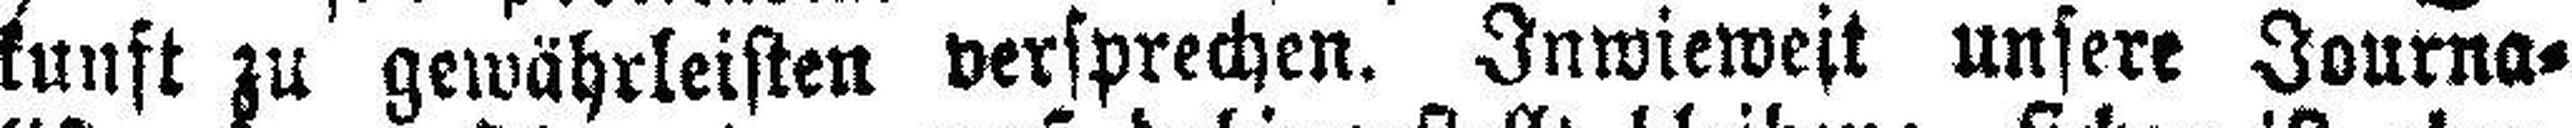
kunft zu gewährleisten versprechen. Inwieweit unsere Journa¬